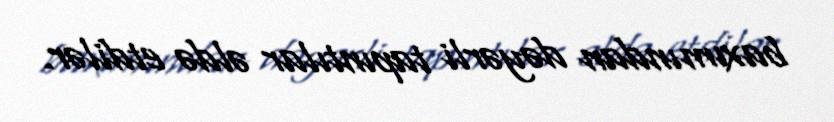
baxımından dəyərli tapıntılar əldə etdilər.